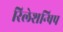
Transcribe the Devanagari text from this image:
रिलेशन्षिप